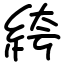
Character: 絝